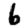
Digit: 6